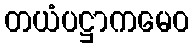
တယံပဋ္ဌာကမေဝ